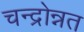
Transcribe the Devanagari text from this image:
चन्द्रोन्नत